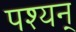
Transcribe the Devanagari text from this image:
पश्यन्‌